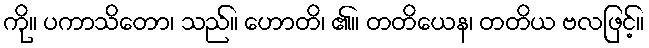
ကို။ ပကာသိတော၊ သည်။ ဟောတိ၊ ၏။ တတိယေန၊ တတိယ ဗလဖြင့်။